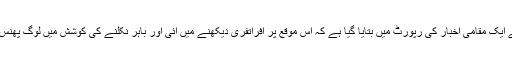
آرکنساس کے ایک مقامی اخبار کی رپورٹ میں بتایا گیا ہے کہ اس موقع پر افراتفری دیکھنے میں آئی اور باہر نکلنے کی کوشش میں لوگ پھنس کر رہ گئے۔